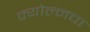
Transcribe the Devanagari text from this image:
क्योल्नचा